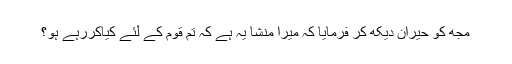
مجھ کو حیران دیکھ کر فرمایا کہ میرا منشا یہ ہے کہ تم قوم کے لئے کیاکررہے ہو؟